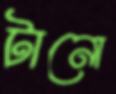
টানো